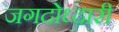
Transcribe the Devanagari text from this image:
जगदोध्दारी